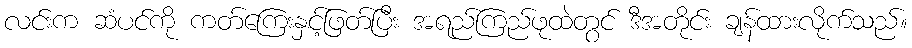
လင်းက ဆံပင်ကို ကတ်ကြေးနှင့်ဖြတ်ပြီး အရည်ကြည်ဖုထဲတွင် ဒီအတိုင်း ချန်ထားလိုက်သည်။